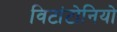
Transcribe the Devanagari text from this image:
विटांटोनियो